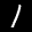
Label: 1